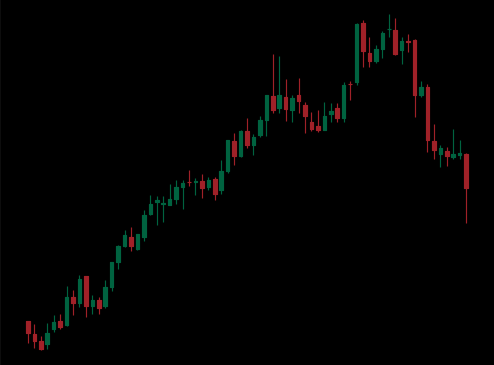
Pattern: bear_flag